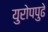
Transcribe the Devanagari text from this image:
युरोपपुढे